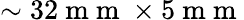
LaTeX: \sim 32\mathrm{~m~m~}\times 5\mathrm{~m~m~}